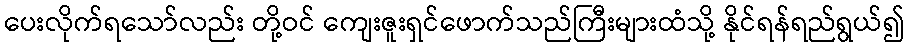
ပေးလိုက်ရသော်လည်း တို့ဝင် ကျေးဇူးရှင်ဖောက်သည်ကြီးများထံသို့ နိုင်ရန်ရည်ရွယ်၍